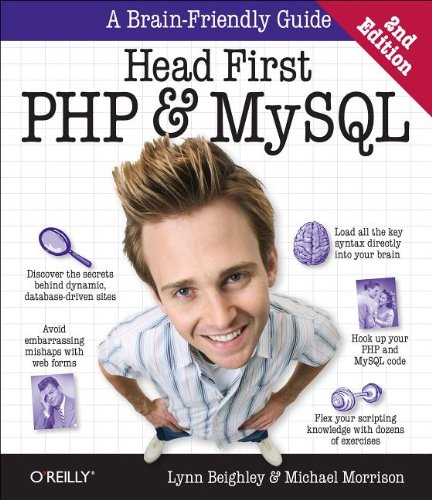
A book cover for Head First PHP & MySQL; Lynn Beighley; Computers & Technology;